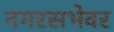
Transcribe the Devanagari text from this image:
नगरसभेवर